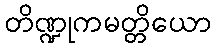
တိဏ္ဍုကမတ္တိယော